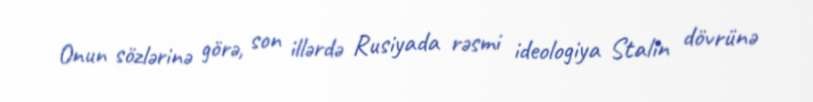
Onun sözlərinə görə, son illərdə Rusiyada rəsmi ideologiya Stalin dövrünə